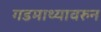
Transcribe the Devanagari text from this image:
गडमाथ्यावरुन